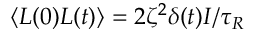
\langle L ( 0 ) L ( t ) \rangle = { 2 } \zeta ^ { 2 } \delta ( t ) I / \tau _ { R }